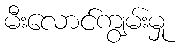
မီးလောင်ကျွမ်းမှု